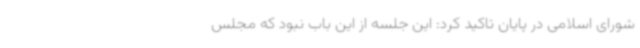
شورای اسلامی در پایان تاکید کرد: این جلسه از این باب نبود که مجلس